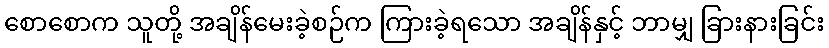
စောစောက သူတို့ အချိန်မေးခဲ့စဉ်က ကြားခဲ့ရသော အချိန်နှင့် ဘာမျှ ခြားနားခြင်း